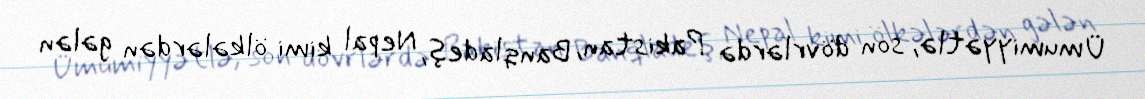
Ümumiyyətlə, son dövrlərdə Pakistan, Banqladeş, Nepal kimi ölkələrdən gələn